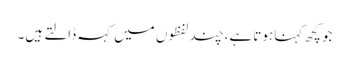
جو کچھ کہنا ہوتا ہے،چند لفظوں میں کہہ ڈالتے ہیں۔